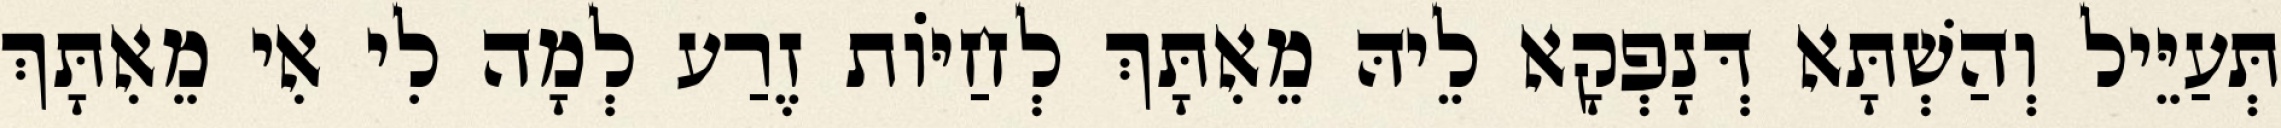
תְּעַיֵּיל וְהַשְׁתָּא דְּנָפְקָא לֵיהּ מֵאִתָּךְ לְחַיּוֹת זֶרַע לְמָה לִי אִי מֵאִתָּךְ